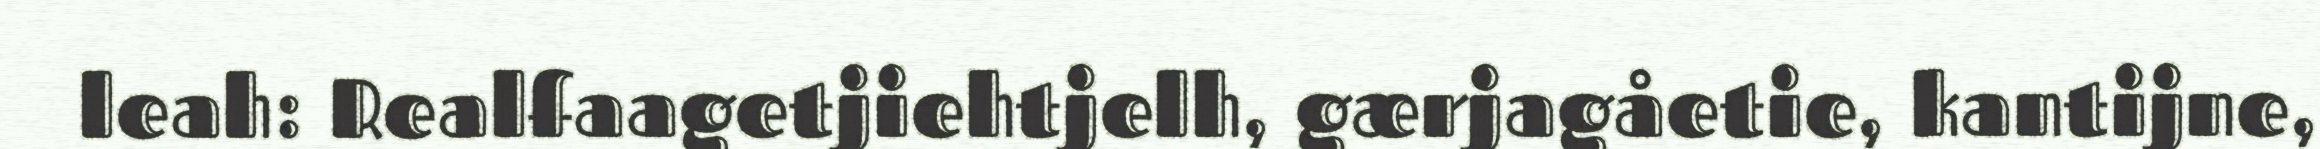
leah: Realfaagetjiehtjelh, gærjagåetie, kantijne,